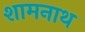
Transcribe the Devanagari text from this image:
शामनाथ